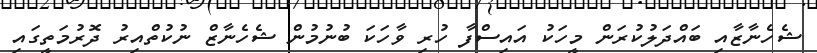
ޝެހެނާޒާއި ބައްދަލުކުރަން މީހަކު އައިސްފާ ހުރި ވާހަކަ ބުނުމުން ޝެހެނާޒް ނުކުތްއިރު ދޮރުމަތީގައި